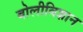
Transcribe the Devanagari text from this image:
बोलीविज्ञान